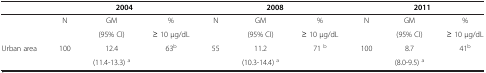
|  | <COLSPAN=3> 2004 | <COLSPAN=3> 2008 | <COLSPAN=3> 2011 |
 | --- | --- | --- | --- | --- | --- | --- | --- | --- | --- |
 | <ROWSPAN=2>  | <ROWSPAN=2> N | GM | % | <ROWSPAN=2> N | GM | % | <ROWSPAN=2> N | GM | % |
 | (95% CI) | ≥ 10 μg/dL | (95% CI) | ≥ 10 μg/dL | (95% CI) | ≥ 10 μg/dL |
 | Urban area | 100 | 12.4 | 63b | 55 | 11.2 | 71 b | 100 | 8.7 | 41b |
 |  |  | (11.4-13.3) a |  |  | (10.3-14.4) a |  |  | (8.0-9.5) a |  |